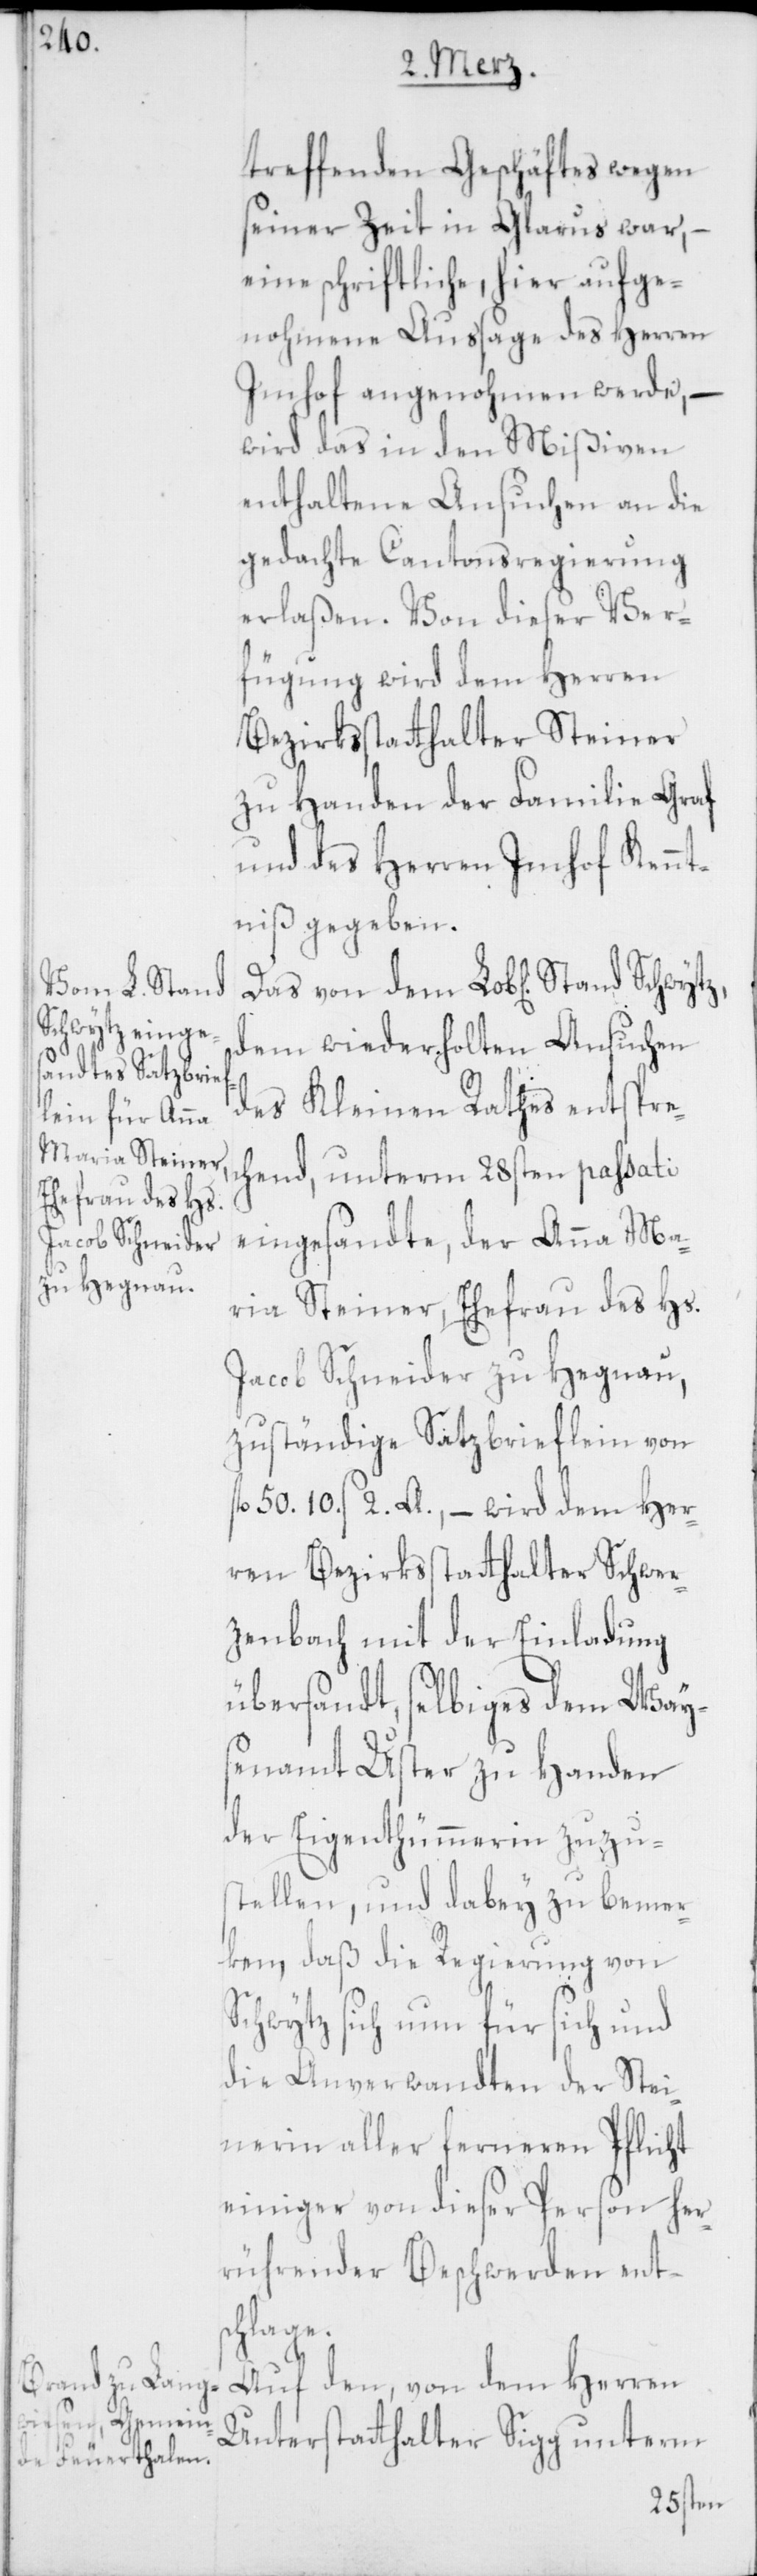
treffenden Geschäftes wegen
seiner Zeit in Glarus war,
eine schriftliche, hier aufge¬
nohmene Aussage des Herren
Imhof angenohmen werde, –
wird das in den Mißiven
enthaltene Ansuchen an die
gedachte Cantonsregierung
erlaßen. Von dieser Ver¬
fügung wird dem Herren
Bezirksstatthalter Steiner
zu Handen der Familie Graf
und des Herren Imhof Kennt¬
niß gegeben.
dem wiederholten Ansuchen
des Kleinen Raths entspre¬
chend, unterm 28sten passati
eingesandte, der Anna Ma¬
ria Steiner, Ehefrau des Hs.
Jacob Schneider zu Hegnau,
zuständige Satzbrieflein von
fl. 50. 10. s 2. A., – wird dem Her¬
ren Bezirksstatthalter Schwer¬
zenbach mit der Einladung
übersandt, selbiges dem Way¬
senamt Uster zu Handen
der Eigenthümerin zuzu¬
stellen, und dabey zu bemer¬
ken, daß die Regierung von
Schwytz sich nun für sich und
die Anverwandten der Stei¬
nerin aller ferneren Pflicht
einiger von dieser Person her¬
rührender Beschwerden ents¬
chlage.
Auf den, von dem Herren
Unterstatthalter Sigg unterm